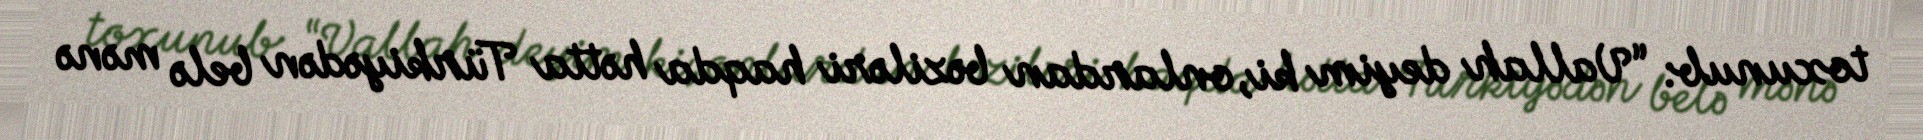
toxunub: “Vallah deyim ki, onlardan bəziləri haqda hətta Türkiyədən belə mənə